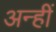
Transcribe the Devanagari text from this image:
अन्हीं